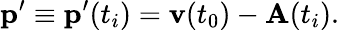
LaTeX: \mathbf{p}^{\prime}\equiv\mathbf{p}^{\prime}(t_{i})=\textbf{v}(t_{0})-\textbf{A}(t_{i}).